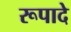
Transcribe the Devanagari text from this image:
रूपादे